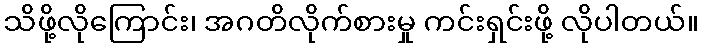
သိဖို့လိုကြောင်း၊ အဂတိလိုက်စားမှု ကင်းရှင်းဖို့ လိုပါတယ်။